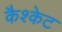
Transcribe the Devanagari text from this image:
कैश्केट